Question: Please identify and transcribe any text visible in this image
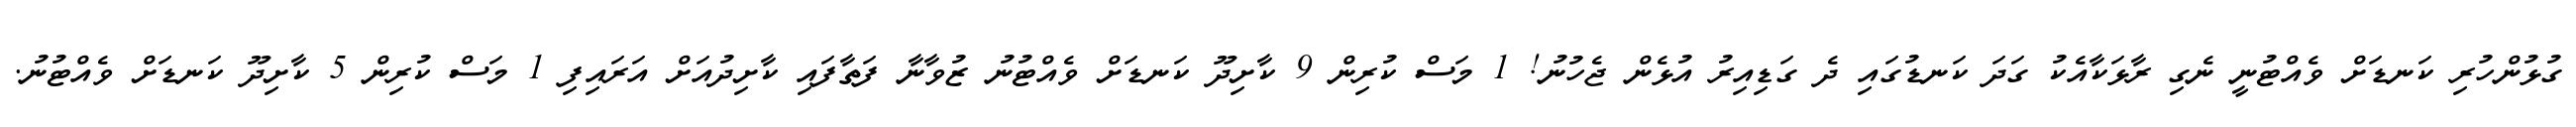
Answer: ގުޅުންހުރި ކަނޑަށް ވެއްޓުނީ ނެގި ރާޅަކާއެކު ގަދަ ކަނޑުގައި ދެ ގަޑިއިރު އުޅެން ޖެހުނު! 1 މަސް ކުރިން 9 ކާށިދޫ ކަނޑަށް ވެއްޓުނު ޒުވާނާ ފަތާފައި ކާށިދުއަށް އަރައިފި 1 މަސް ކުރިން 5 ކާށިދޫ ކަނޑަށް ވެއްޓުނު.